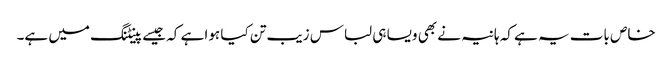
خاص بات یہ ہے کہ ہانیہ نے بھی ویسا ہی لباس زیب تن کیا ہوا ہے کہ جیسے پینٹنگ میں ہے۔